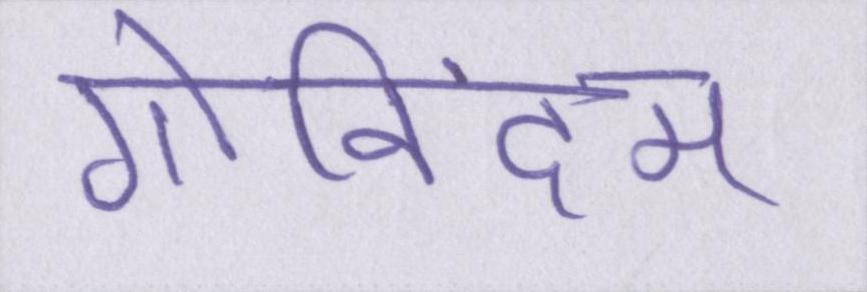
गोविंदम